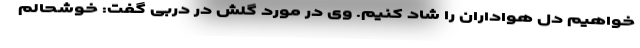
خواهیم دل هواداران را شاد کنیم. وی در مورد گلش در دربی گفت: خوشحالم